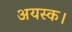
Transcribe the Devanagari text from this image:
अयस्क।